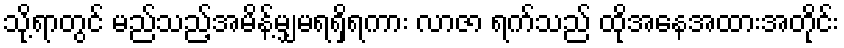
သို့ရာတွင် မည်သည့်အမိန့်မျှမရရှိရကား လာဇာ ရက်သည် ထိုအနေအထားအတိုင်း